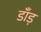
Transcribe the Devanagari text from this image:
डाँड़